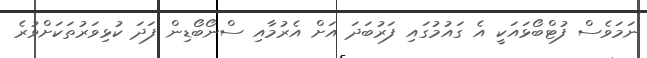
ނަމަވެސް ފުޓްބޯޅައަކީ އެ ގައުމުގައި ފަރުބަދަ އަށް އެރުމާއި ސްނޯބޯޑިން ފަދަ ކުޅިވަރުތަކަށްވުރެ